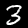
Digit: 3